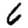
Digit: 6